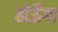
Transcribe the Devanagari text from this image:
होऊँगा